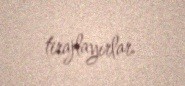
tirajlayırlar.